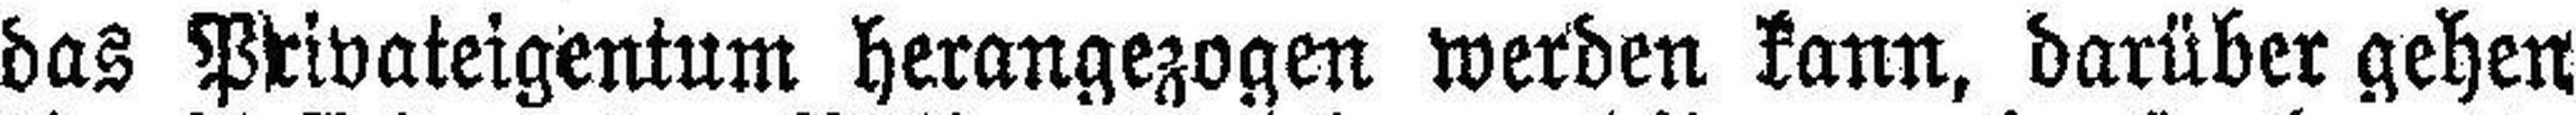
das Privateigentum herangezogen werden kann, darüber gehen